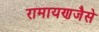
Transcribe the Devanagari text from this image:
रामायणजैसे